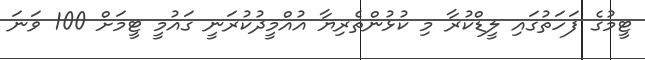
ޓީމުގެ ފަހަތުގައި ލީޑްކުރާ މި ކުޅުންތެރިޔާ އުއްމީދުކުރަނީ ގައުމީ ޓީމަށް 100 ވަނަ